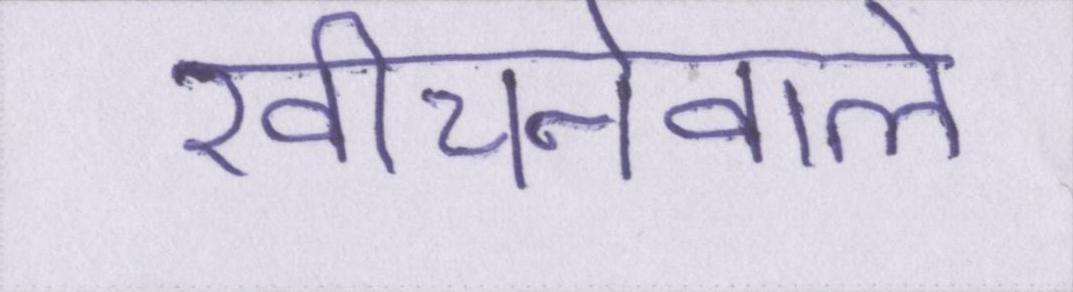
खींचनेवाले